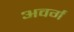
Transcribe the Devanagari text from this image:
अवर्ग